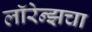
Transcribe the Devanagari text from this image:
लॉरेन्झचा